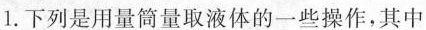
1.下列是用量筒量取液体的一些操作，其中